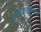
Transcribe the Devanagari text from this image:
मज्जातंतूशास्त्रज्ञ